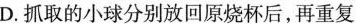
D.抓取的小球分别放回原烧杯后，再重复